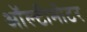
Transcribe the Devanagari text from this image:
ऑल्टीमीटर